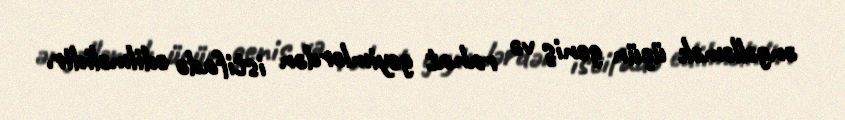
əngəlləmək üçün geniş və rahat geyimlərdən istifadə edilməlidir.